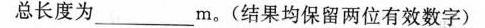
总长度为___m。(结果均保留两位有效数字)